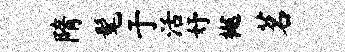
隋髦于活妤樾茗